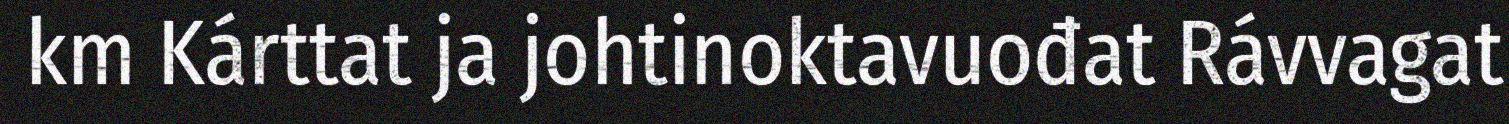
km Kárttat ja johtinoktavuođat Rávvagat